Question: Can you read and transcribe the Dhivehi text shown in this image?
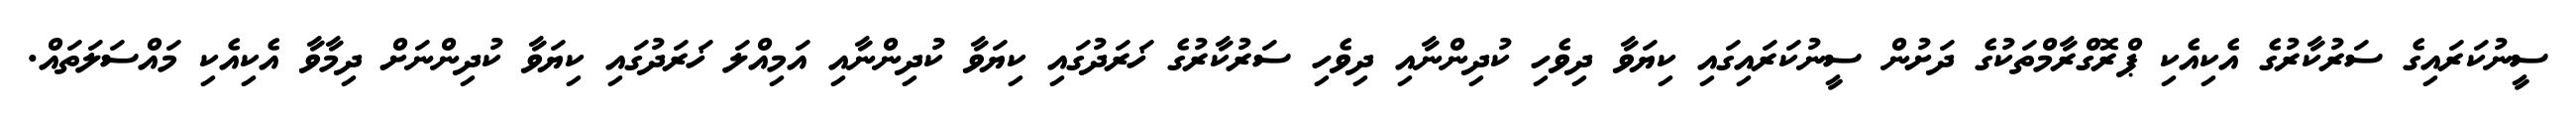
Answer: ސީނުކަރައިގެ ސަރުކާރުގެ އެކިއެކި ޕްރޮގްރާމްތަކުގެ ދަށުން ސީނުކަރައިގައި ކިޔަވާ ދިވެހި ކުދިންނާއި ދިވެހި ސަރުކާރުގެ ޚަރަދުގައި ކިޔަވާ ކުދިންނާއި އަމިއްލަ ޚަރަދުގައި ކިޔަވާ ކުދިންނަށް ދިމާވާ އެކިއެކި މައްސަލަތައް.